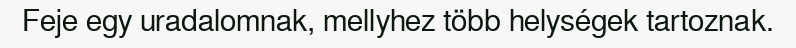
Feje egy uradalomnak, mellyhez több helységek tartoznak.